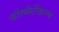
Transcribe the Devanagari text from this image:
फोस्फेटीकरण